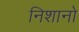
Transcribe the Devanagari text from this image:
निशानो